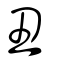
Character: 丑